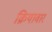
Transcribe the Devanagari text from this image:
क्रियावार